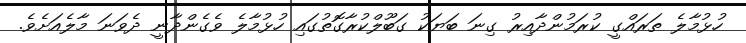
ހުޅުމާލެ ތަރަައްގީ ކުރަމުންދާއިރު ގިނަ ބަޔަކު ގަބޫލްކުރާގޮތުގައި ހުޅުމާލެ ވެގެންދާނީ ދެވަނަ މާލެއަށެވެ.